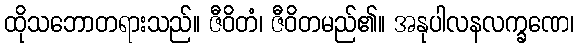
ထိုသဘောတရားသည်။ ဇီဝိတံ၊ ဇီဝိတမည်၏။ အနုပါလနလက္ခဏေ၊